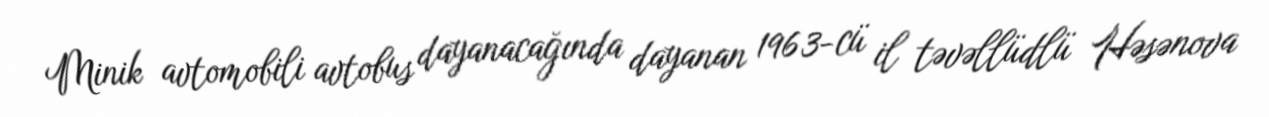
Minik avtomobili avtobus dayanacağında dayanan 1963-cü il təvəllüdlü Həsənova